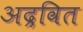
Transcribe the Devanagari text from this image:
अद्रवित